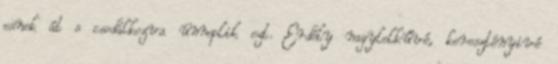
esnek át s csodálkozva ünneplik ezt. Erdély nagylelkűvé, keresztényivé